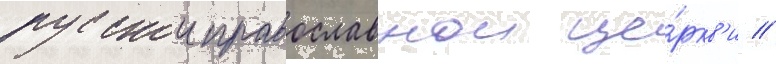
русскои православнои це́ркв'и //